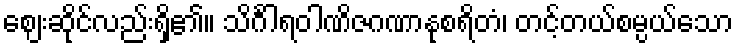
ဈေးဆိုင်လည်းရှိ၏။ သိင်္ဂါရဝါဏိဇဂဏာနုစရိတံ၊ တင့်တယ်စမ္ပယ်သော